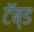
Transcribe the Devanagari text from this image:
टॅब्ड